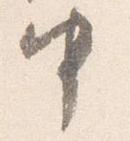
中